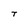
Character: T